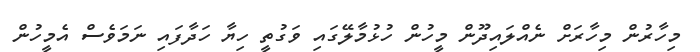
މިހާރުން މިހާރަށް ނެއްލައިދޫން މީހުން ހުޅުމާލޭގައި ވަގުތީ ހިޔާ ހަދާފައި ނަމަވެސް އެމީހުން